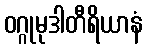
ဝဂ္ဂုမုဒါတီရိယာနံ